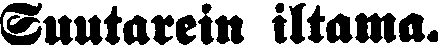
Suutarein iltama.